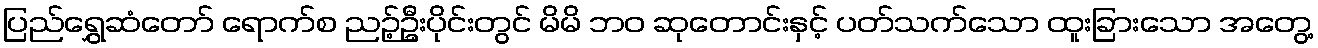
ပြည်ရွှေဆံတော် ရောက်စ ညဉ့်ဦးပိုင်းတွင် မိမိ ဘဝ ဆုတောင်းနှင့် ပတ်သက်သော ထူးခြားသော အတွေ့